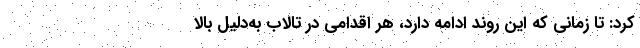
کرد: تا زمانی که این روند ادامه دارد، هر اقدامی در تالاب به‌دلیل بالا